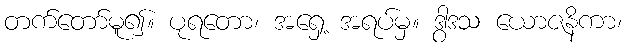
တက်တော်မူ၍။ ပုရတော၊ အရှေ့ အရပ်မှ။ ဒွါဒသ ယောဇနိကာ၊